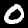
Label: 0